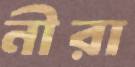
নীরা